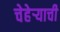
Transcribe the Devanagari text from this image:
चेहेऱ्याची